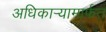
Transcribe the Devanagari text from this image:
अधिकार्‍यामार्फत